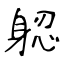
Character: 躵